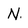
Character: N